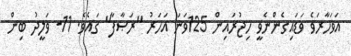
އަވަހާރަވެ ވަޑައިގެންނެވީ ހިޖުރައިން 125ވަނަ އަހަރު ''ރަޞާފާ'' ގައެވެ. 11- ވަލީދު ބިން